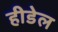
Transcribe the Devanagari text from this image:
हीडेल